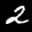
Label: 2